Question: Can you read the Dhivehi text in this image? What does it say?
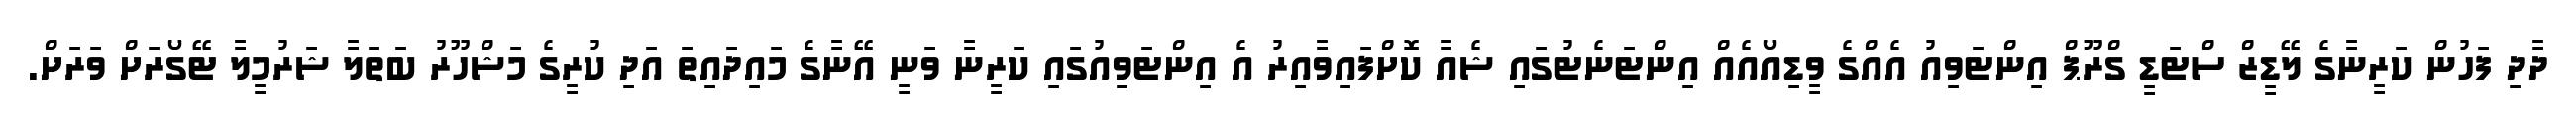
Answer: ދާދި ފަހުން ކަރީނާގެ ލޭޑީޒް ސްޓަޑީ ގްރޫޕް އިންޓަވިއު އެއްގެ ވީޑިއޯއެއް އިންޓަނެޓުގައި ޝެއާ ކޮށްފައިވާއިރު އެ އިންޓަވިއުގައި ކަރީނާ ވަނީ އޭނާގެ މައިދައިތަ އަދި ކުރީގެ މަޝްހޫރު ބަތަލާ ޝަރުމީލާ ޓޭގޯރަށް ވަރަށް.